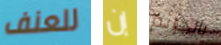
للعنف إن بالجرائم